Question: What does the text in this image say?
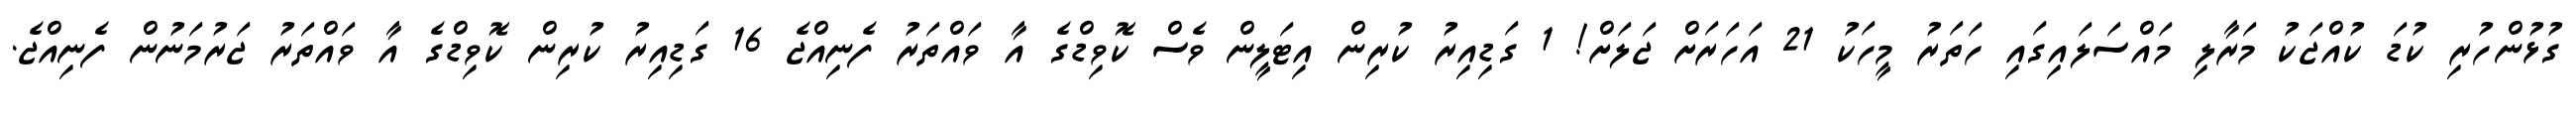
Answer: ގުޅުންހުރި ކުޑަ ކުއްޖަކު މަރާލި މައްސަލައިގައި ހަތަރު މީހަކު 21 އަހަރަށް ޖަލަށް! 1 ގަޑިއިރު ކުރިން އިޓަލީން ވެސް ކޮވިޑްގެ އާ ވައްތަރު ފެނިއްޖެ 16 ގަޑިއިރު ކުރިން ކޮވިޑްގެ އާ ވައްތަރު ޖަރުމަނުން ފެނިއްޖެ.